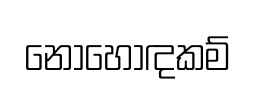
නොහොඳකම්